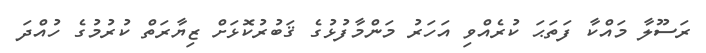
ރަސޫލާ މައްކާ ފަތަޙަ ކުރެއްވި އަހަރު މަންމާފުޅުގެ ޤަބުރުކޮޅަށް ޒިޔާރަތް ކުރުމުގެ ހުއްދަ